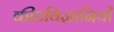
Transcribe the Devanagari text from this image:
कीटविज्ञानियों